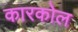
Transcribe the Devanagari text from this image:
कारकोल